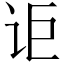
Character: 讵